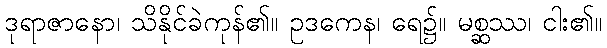
ဒုရာဇာနော၊ သိနိုင်ခဲကုန်၏။ ဥဒကေန၊ ရေ၌။ မစ္ဆဿ၊ ငါး၏။